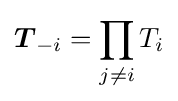
{\boldsymbol {T}}_{-i}=\prod _{j\neq i}T_{i}